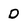
Character: D